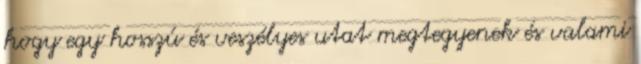
hogy egy hosszú és veszélyes utat megtegyenek és valami